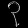
Digit: ၃